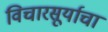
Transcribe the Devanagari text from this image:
विचारसूर्याचा